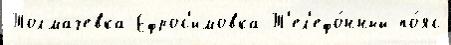
Толмачевка Ефрос'имовка Т'ел'ефо́нный по́яс